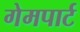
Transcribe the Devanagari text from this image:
गेमपार्ट